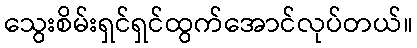
သွေးစိမ်းရှင်ရှင်ထွက်အောင်လုပ်တယ်။